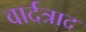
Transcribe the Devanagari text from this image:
वार्दत्राद